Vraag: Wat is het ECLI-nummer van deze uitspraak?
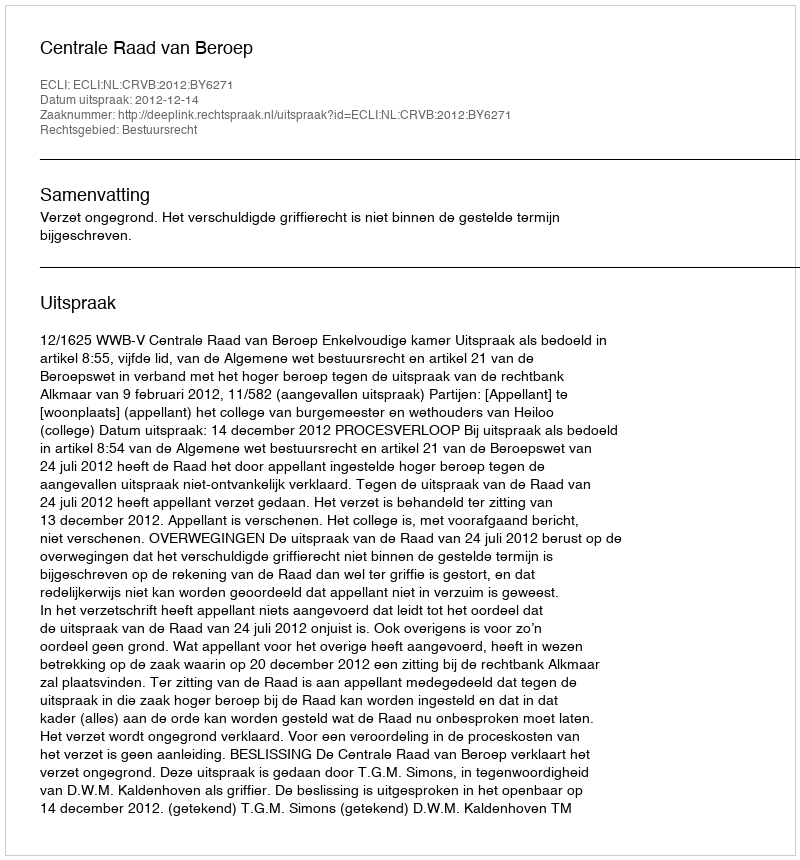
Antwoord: ECLI:NL:CRVB:2012:BY6271